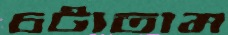
চটাতাম